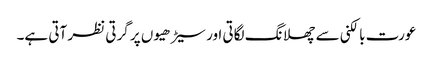
عورت بالکنی سے چھلانگ لگاتی اور سیڑھیوں پر گرتی نظر آتی ہے۔